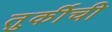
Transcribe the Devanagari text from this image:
तुर्कीची